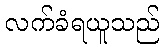
လက်ခံရယူသည်